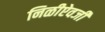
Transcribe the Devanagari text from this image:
निळीऐवजी